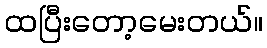
ထပြီးတော့မေးတယ်။